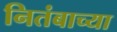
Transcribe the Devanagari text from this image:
नितंबाच्या